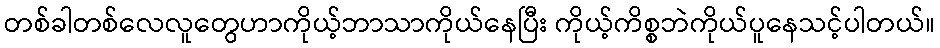
တစ်ခါတစ်လေလူတွေဟာကိုယ့်ဘာသာကိုယ်နေပြီး ကိုယ့်ကိစ္စဘဲကိုယ်ပူနေသင့်ပါတယ်။